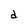
Character: d